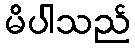
မိပါသည်